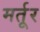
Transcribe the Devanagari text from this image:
मर्तूर